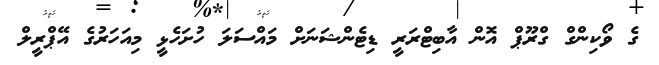
ގެ ވޯކިންގް ގްރޫޕް އޮން އާބިޓްރަރީ ޑިޓެންޝަނަށް މައްސަލަ ހުށަހެޅީ މިއަހަރުގެ އޭޕްރީލް